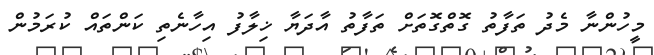
މީހުންނާ މެދު ތަފާތު ގޮތްގޮތަށް ތަފާތު އާދަޔާ ޚިލާފު އިހާނެތި ކަންތައް ކުރަމުން